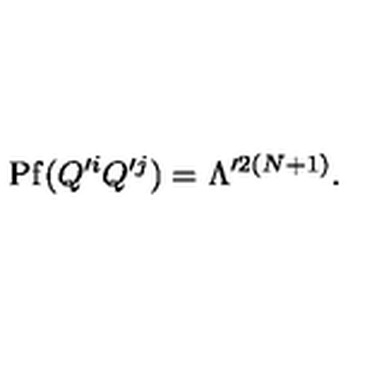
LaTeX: \mathrm { P f } ( Q ^ { \prime i } Q ^ { \prime j } ) = \Lambda ^ { \prime 2 ( N + 1 ) } .